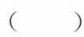
（ ）